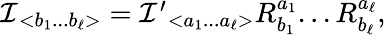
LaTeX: \begin{array}{r}{{\cal I}{}_{<b_{1}...b_{\ell}>}={\cal I}^{\prime}{}_{<a_{1}...a_{\ell}>}R_{b_{1}}^{a_{1}}...R_{b_{\ell}}^{a_{\ell}},}\end{array}